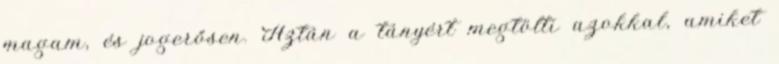
magam, és jogerősen. Aztán a tányért megtölti azokkal, amiket